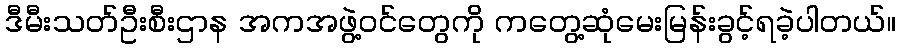
ဒီမီးသတ်ဦးစီးဌာန အကအဖွဲ့ဝင်တွေကို ကတွေ့ဆုံမေးမြန်းခွင့်ရခဲ့ပါတယ်။